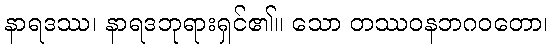
နာရဒဿ၊ နာရဒဘုရားရှင်၏။ သော တဿဝနဘဂဝတော၊